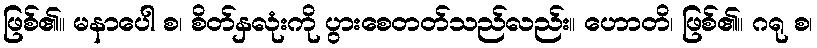
ဖြစ်၏။ မနာပေါ စ၊ စိတ်နှလုံးကို ပွားစေတတ်သည်လည်း။ ဟောတိ၊ ဖြစ်၏။ ဂရု စ၊